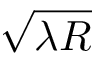
\sqrt { \lambda R }